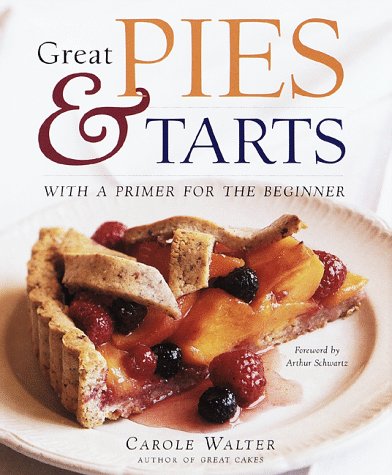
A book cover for Great Pies & Tarts; CAROLE WALTER; Cookbooks, Food & Wine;